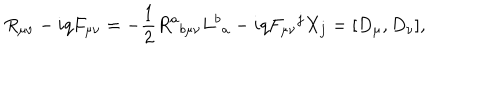
LaTeX: R _ { \mu \nu } - i q F _ { \mu \nu } = - \frac { 1 } { 2 } R ^ { a } { } _ { b \mu \nu } L ^ { b } { } _ { a } - i q F _ { \mu \nu } { } ^ { j } X _ { j } = [ D _ { \mu } , D _ { \nu } ] ,